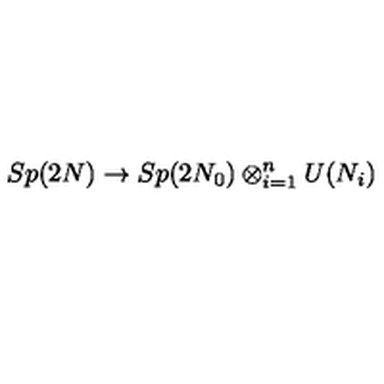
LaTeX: S p ( 2 N ) \to S p ( 2 N _ { 0 } ) \otimes _ { i = 1 } ^ { n } U ( N _ { i } )